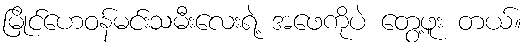
မြိုင်ဟေဝန်မင်းသမီးလေးရဲ့ အဖေကိုပဲ တွေ့ဖူး တယ်။